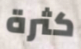
كثرة